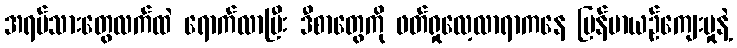
အရပ်သားတွေလက်ထဲ ရောက်လာပြီး ဒီစာတွေကို ဖတ်ရှုလေ့လာရာကနေ မြန်မာယဉ်ကျေးမှုနဲ့